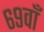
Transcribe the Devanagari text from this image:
६९वाँ